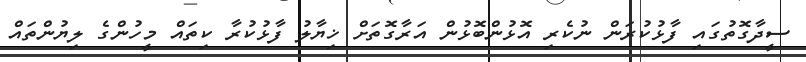
ސީދާގޮތުގައި ފާޅުކުރަން ނުކެރި އޮޅުންބޮޅުން އަރާގޮތަށް ޚިޔާލު ފާޅުކުރާ ކިތައް މީހުންގެ ލިޔުންތައް